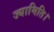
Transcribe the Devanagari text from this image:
ज्यामिति।